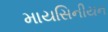
માયસિનીયન